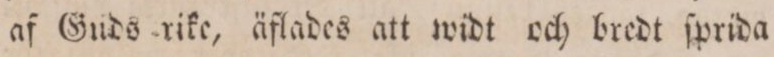
af Guds rike, äflades att widt och bredt ſprida